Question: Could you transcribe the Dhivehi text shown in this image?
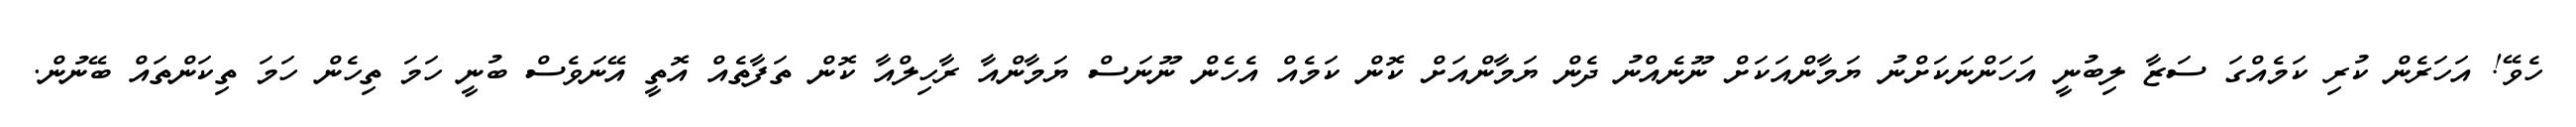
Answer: ހެވޭ! އަހަރެން ކުރި ކަމެއްގަ ސަޒާ ލިބުނީ އަހަންނަކަށްނު ޔަމާންއަކަށް ނޫނެއްނު ދެން ޔަމާންއަށް ކޮން ކަމެއް އެހެން ނޫނަސް ޔަމާންއާ ރާހިލްއާ ކޮން ތަފާތެއް އޮތީ އޭނަވެސް ބުނީ ހަމަ ތިހެން ހަމަ ތިކަންތައް ބޭނުން.